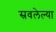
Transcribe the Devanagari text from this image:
स्रवलेल्या